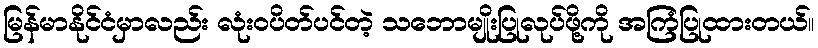
မြန်မာနိုင်ငံမှာလည်း လုံးဝပိတ်ပင်တဲ့ သဘောမျိုးပြုလုပ်ဖို့ကို အကြံပြုထားတယ်။